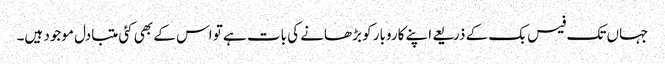
جہاں تک فیس بک کے ذریعے اپنے کاروبار کو بڑھانے کی بات ہے تو اس کے بھی کئی متبادل موجود ہیں۔